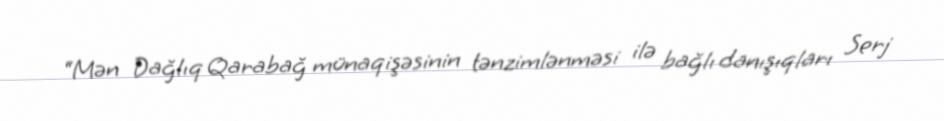
“Mən Dağlıq Qarabağ münaqişəsinin tənzimlənməsi ilə bağlı danışıqları Serj